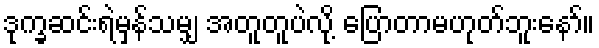
ဒုက္ခဆင်းရဲမှန်သမျှ အတူတူပဲလို့ ပြောတာမဟုတ်ဘူးနော်။